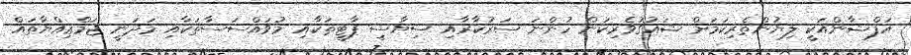
އަފްޝާންއަކީ ލިޔުންތެރިކަމަށް ޝައުގުވެރިކަން ހުންނަ ސަރުކާރާއި ސިޔާސީ ޕާޓީތަކާއި މުވައްސަސާތަކާއި މަދަނީ ޖަމްޢިއްޔާތައް